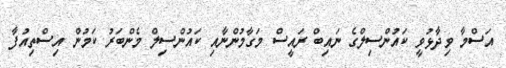
އަސްމާ ވިދާޅުވީ ކައުންސިލްގެ ނައިބް ރައީސް މަގާމުންނާއި ކައުންސިލް މެންބަރު ކަމުން އިސްތިއުފާ